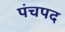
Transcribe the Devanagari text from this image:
पंचपद